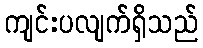
ကျင်းပလျက်ရှိသည်